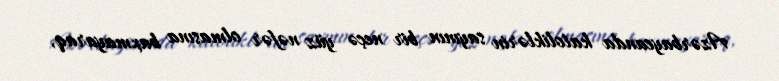
Azərbaycanda katoliklərin sayının bir neçə yüz nəfər olmasına baxmayaraq,